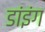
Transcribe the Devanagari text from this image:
डांइंग